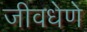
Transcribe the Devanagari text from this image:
जीवधेणे